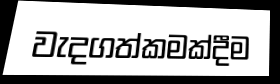
වැදගත්කමක්දීම